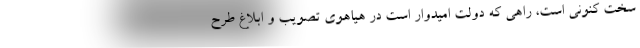
سخت کنونی است، راهی که دولت امیدوار است در هیاهوی تصویب و ابلاغ طرح